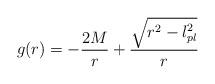
LaTeX: \begin{align*}g(r)=-{2M \over r}+{\sqrt{r^2-l^2_{pl}} \over r}\end{align*}